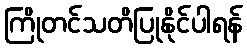
ကြိုတင်သတိပြုနိုင်ပါရန်